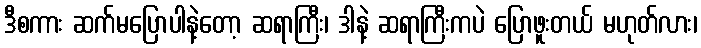
ဒီစကား ဆက်မပြောပါနဲ့တော့ ဆရာကြီး၊ ဒါနဲ့ ဆရာကြီးကပဲ ပြောဖူးတယ် မဟုတ်လား၊